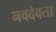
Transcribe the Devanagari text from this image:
नवदेवता